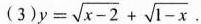
(3)$$y = \sqrt { x - 2 } + \sqrt { 1 - x }$$.